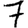
Digit: 7